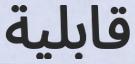
قابلية